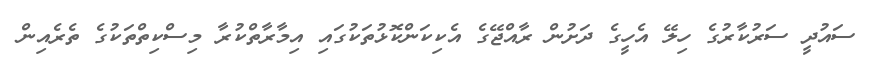
ސައުދީ ސަރުކާރުގެ ހިލޭ އެހީގެ ދަށުން ރާއްޖޭގެ އެކިކަންކޮޅުތަކުގައި އިމާރާތްކުރާ މިސްކިތްތަކުގެ ތެރެއިން